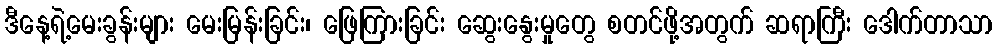
ဒီနေ့ရဲ့မေးခွန်းများ မေးမြန်းခြင်း၊ ဖြေကြားခြင်း ဆွေးနွေးမှုတွေ စတင်ဖို့အတွက် ဆရာကြီး ဒေါက်တာသာ